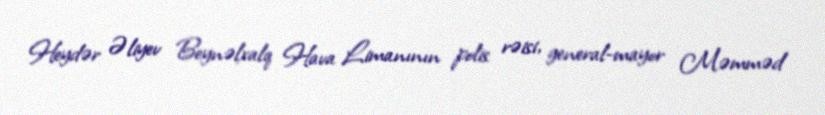
Heydər Əliyev Beynəlxalq Hava Limanının polis rəisi, general-mayor Məmməd